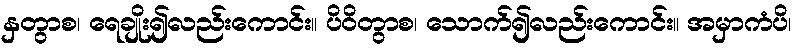
နှတွာစ၊ ရေချိုး၍လည်းကောင်း။ ပိဝိတွာစ၊ သောက်၍လည်းကောင်း။ အမှာကံပိ၊